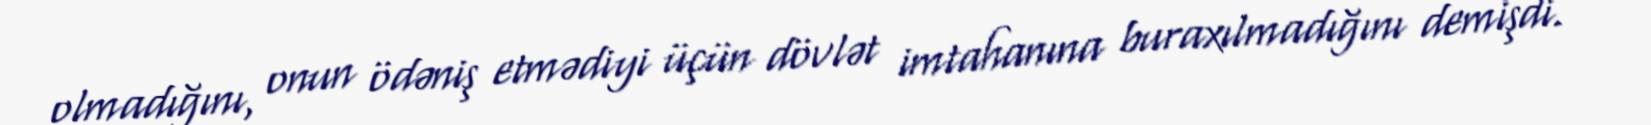
olmadığını, onun ödəniş etmədiyi üçün dövlət imtahanına buraxılmadığını demişdi.